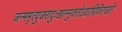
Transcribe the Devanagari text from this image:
जन्ममृत्युजरादुःखान्मुक्‍तोऽद्यापिविराजते